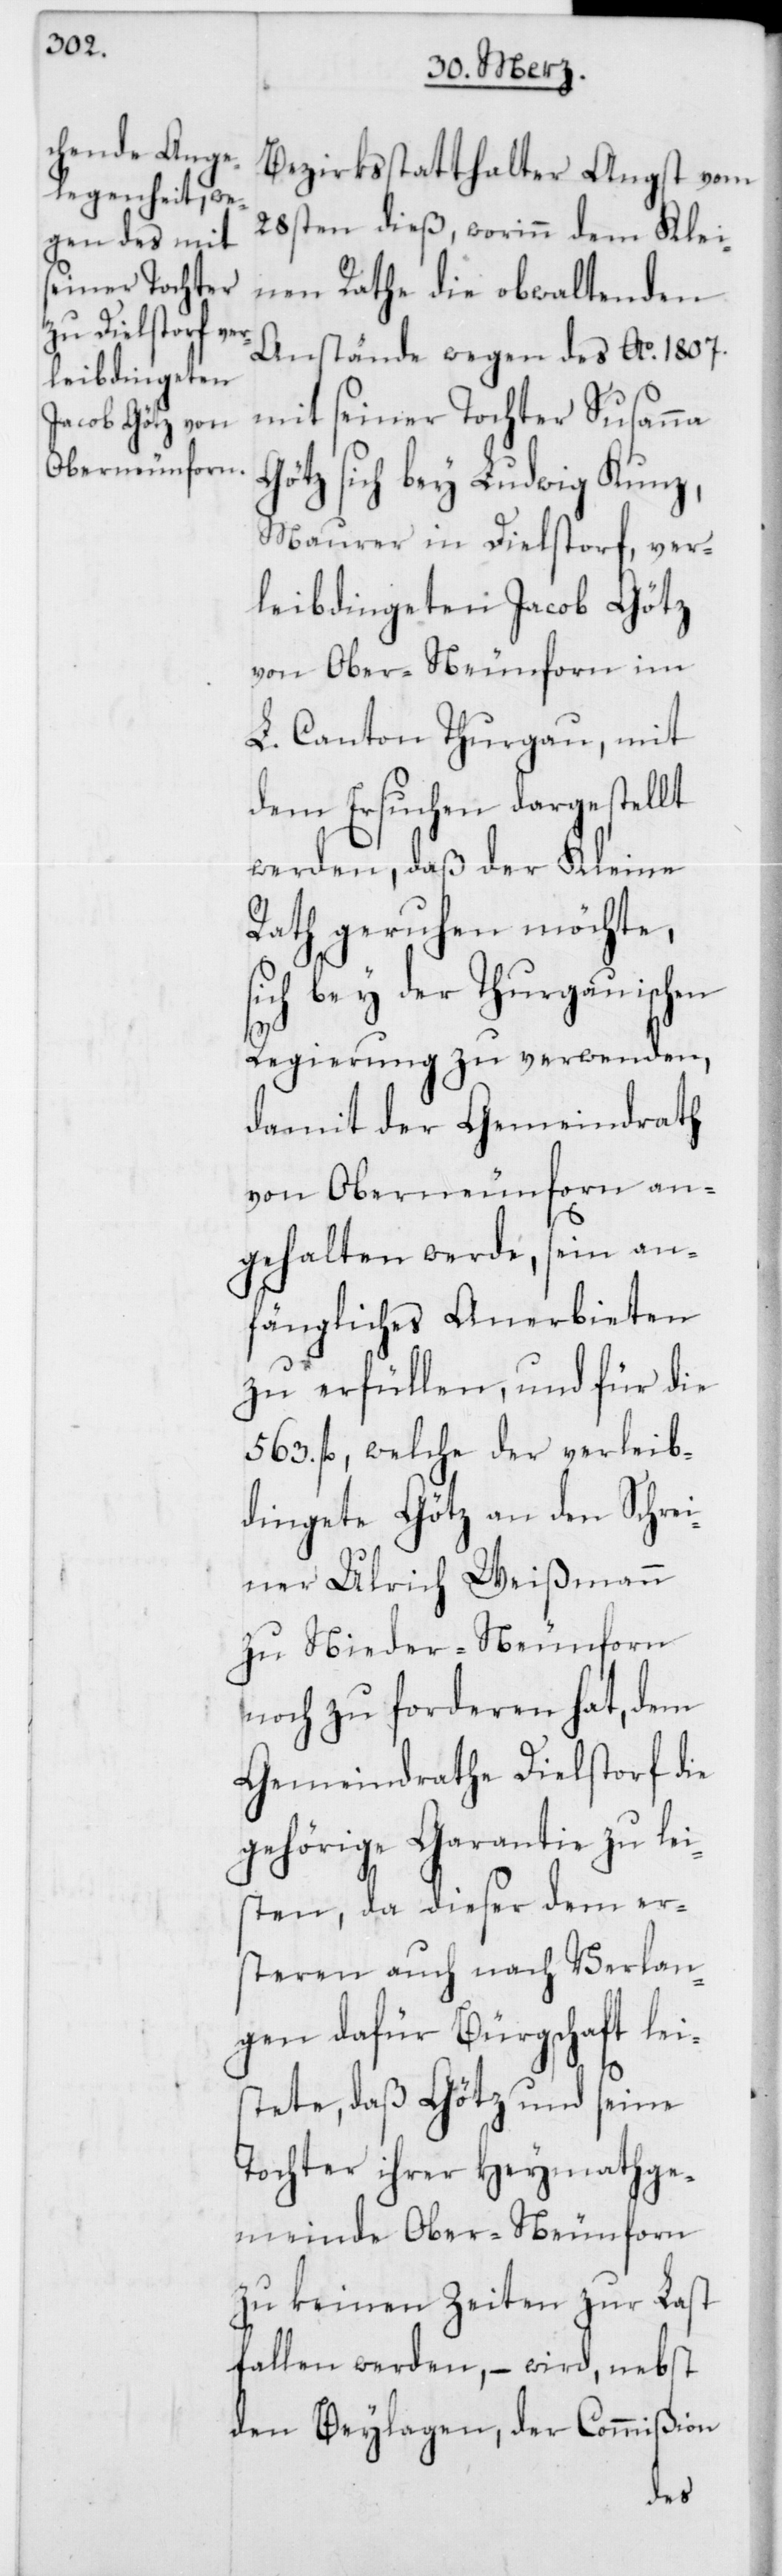
Bezirksstatthalter Angst vom
28sten dieß, worinn dem Klei¬
nen Rathe die obwaltenden
Anstände wegen des Ao. 1807.
mit seiner Tochter Susanna
Götz sich bey Ludwig Kunz,
Maurer in Dielstorf, ver¬
leibdingeten Jacob Götz
von Ober-Neunforn im
L. Canton Thurgau, mit
dem Ersuchen dargestellt
werden, daß der Kleine
Rath geruhen möchte,
sich bey der Thurgauischen
Regierung zu verwenden,
damit der Gemeindrath
von Oberneunforn an¬
gehalten werde, sein an¬
fängliches Anerbieten
zu erfüllen, und für die
563. fl., welche der verleib¬
dingete Götz an den Schrei¬
ner Ulrich Weißmann
zu Nieder-Neunforn
noch zu forderen hat, dem
Gemeindrathe Dielstorf die
gehörige Garantie zu lei¬
sten, da dieser dem er¬
steren auch nach Verlan¬
gen dafür Bürgschaft lei¬
stete, daß Götz und seine
Tochter ihrer Heymathge¬
meinde Ober-Neunforn
zu keinen Zeiten zur Last
fallen werden, – wird, nebst
den Beylagen, der Commißion